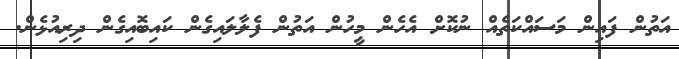
އަތުން ފައިން މަސައްކަތެއް ނުކޮށް އެހެެން މީހުން އަތުން ފެލާލައިގެން ކައިބޮއިގެން ދިރިއުޅެން.